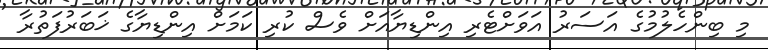
މި ބިންހެލުމުގެ އަސަރު އަވަށްޓެރި އިންޑިޔާއަށް ވެސް ކުރި ކަމަށް އިންޑިޔާގެ ޚަބަރުފަތުރާ